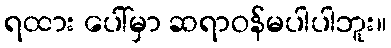
ရထား ပေါ်မှာ ဆရာဝန်မပါပါဘူး။